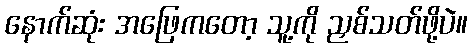
နောက်ဆုံး အဖြေကတော့ သူ့ကို ညှစ်သတ်ဖို့ပဲ။